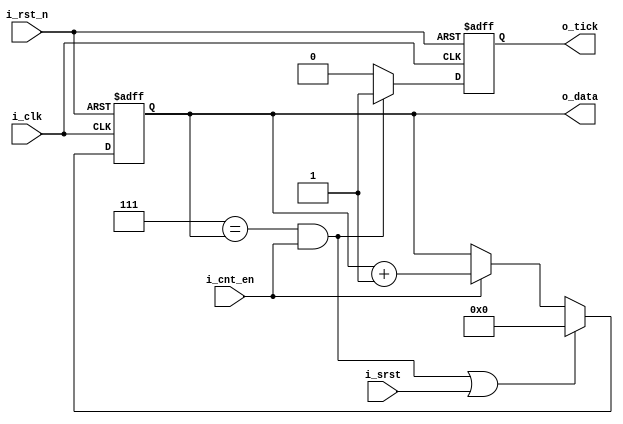
module counter #(parameter MAX_VAL = 7, WIDTH = 4)(
input     i_clk,      i_rst_n,
input     i_srst,     i_cnt_en,
output    [WIDTH-1:0] o_data,
output    reg         o_tick
);
reg     [WIDTH-1:0] cnt;

wire    cnt_overflow = ((MAX_VAL == cnt) & i_cnt_en);

assign  o_data = cnt;

always @(posedge i_clk, negedge i_rst_n) begin
    if (~i_rst_n) begin
        o_tick <= 1'b0;
    end else begin
        if (cnt_overflow)
            o_tick <= 1'b1;
        else
            o_tick <= 1'b0;
    end
end

always @(posedge i_clk, negedge i_rst_n) begin
    if(~i_rst_n) begin
        cnt <= 0;
    end else begin
        if (cnt_overflow | i_srst)
            cnt <= 0;
        else if (i_cnt_en)
            cnt <= cnt + 1'b1;
    end
end

endmodule